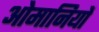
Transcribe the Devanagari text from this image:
ओमानियों